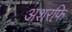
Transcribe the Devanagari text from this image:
अशरफि